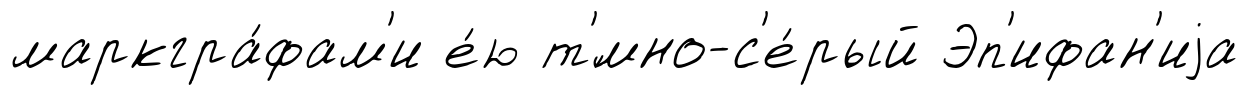
маркгра́фам'и е́ю т'́мно-с'е́рый Эп'ифан'иjа